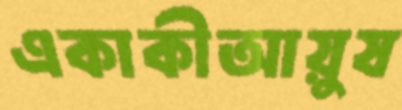
একাকীআয়ুষ